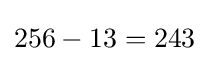
256-13=243